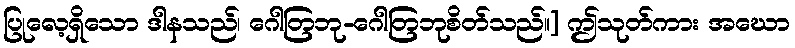
ပြုလေ့ရှိသော ဒါနသည်၊ ဂေါတြဘု-ဂေါတြဘုစိတ်သည်။] ဤသုတ်ကား အဃော